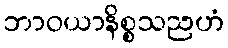
ဘာဝယာနိစ္စသညဟံ